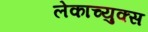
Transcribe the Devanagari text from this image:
लेकाच्युक्स